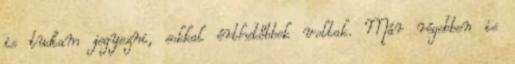
is tudtam jegyezni, sokkal érthetőbbek voltak. Már régebben is